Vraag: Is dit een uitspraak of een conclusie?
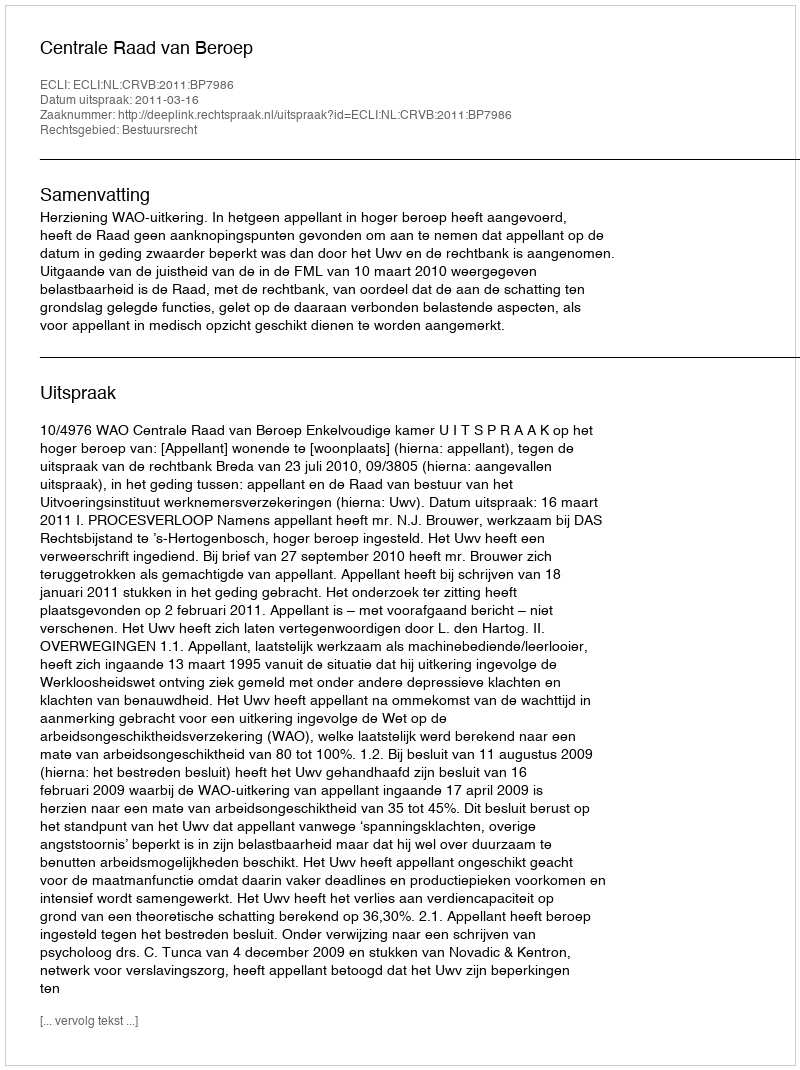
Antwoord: Uitspraak